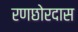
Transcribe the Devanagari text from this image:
रणछोरदास